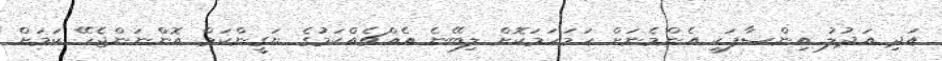
އަދި އަދުލު އިންސާފަކީ އެންމެނަށް ހަމަހަމަކޮށް ލިބޭނެ އެއްޗެއްކަމުގެ ޔަގީންކަމް އޮންނަންޖެހޭ ކަމަށް